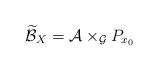
LaTeX: \begin{align*}\widetilde{\mathcal{B}}_{X}=\mathcal{A}\times_{\mathcal{G}}P_{x_{0}} \end{align*}